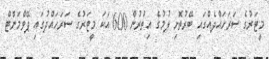
މީޓަރުގެ ސަރަހައްދެއްގައި ބޭރުތޮށި ލުމުގެ އިތުުރުން 600 އަކަ މީޓަރުގެ ސަރަހައްދުގައި ޕޭވްމަންޓް